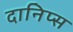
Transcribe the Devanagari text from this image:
दानिप्स